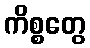
ကိစ္စတွေ